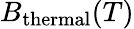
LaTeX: B_{\mathrm{thermal}}(T)